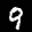
Label: 9